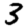
Digit: 3